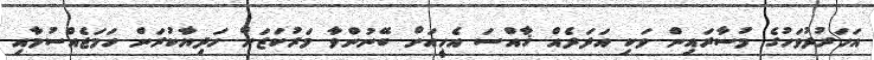
އަހަރުދުވަހުގެ މުސާރައިން ވަކި އަދަދެއް ޚާއްސަ އެހީއަށް ބޭނުންވާ މަރުކަޒަށް ހަދިޔާކުރަން ހަމަޖެއްސުމާއި